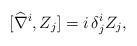
LaTeX: \begin{align*}[\widehat{\nabla}^i, Z_j] = i\,\delta^i_j Z_j,\end{align*}